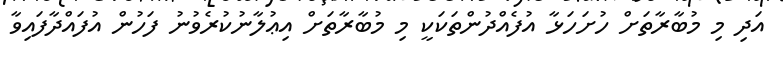
އަދި މި މުބާރާތަށް ހުށަހަޅާ އުފެއްދުންތަކަކީ މި މުބާރާތަށް އިޢުލާނުކުރެވުނު ފަހުން އުފައްދާފައިވާ